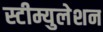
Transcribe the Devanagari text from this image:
स्टीम्युलेशन